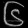
Digit: ၆